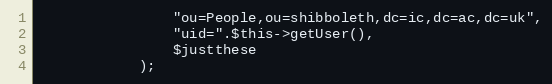
Language: PHP
                "ou=People,ou=shibboleth,dc=ic,dc=ac,dc=uk",
                "uid=".$this->getUser(),
                $justthese
            );